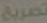
تصريع